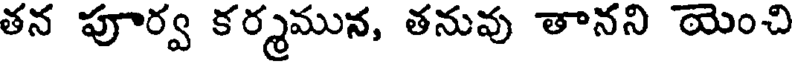
తన పూర్వ కర్మమున, తనువు తానని యెంచి